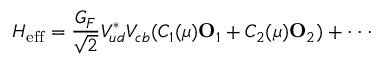
{ \cal H } _ { \mathrm { e f f } } = { \frac { G _ { F } } { \sqrt 2 } } V _ { u d } ^ { * } V _ { c b } ( C _ { 1 } ( \mu ) { \bf O } _ { 1 } + C _ { 2 } ( \mu ) { \bf O } _ { 2 } ) + \cdot \cdot \cdot